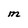
Character: M